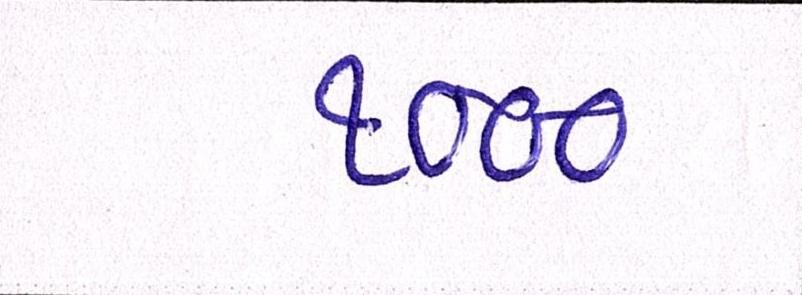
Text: ૧૦૦૦